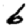
Digit: 6